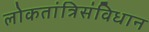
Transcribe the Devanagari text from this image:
लोकतांत्रिसंविधान